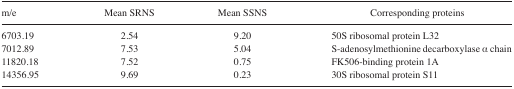
| m/e | Mean SRNS | Mean SSNS | Corresponding proteins |
 | --- | --- | --- | --- |
 | 6703.19 | 2.54 | 9.20 | 50S ribosomal protein L32 |
 | 7012.89 | 7.53 | 5.04 | S-adenosylmethionine decarboxylase α chain |
 | 11820.18 | 7.52 | 0.75 | FK506-binding protein 1A |
 | 14356.95 | 9.69 | 0.23 | 30S ribosomal protein S11 |